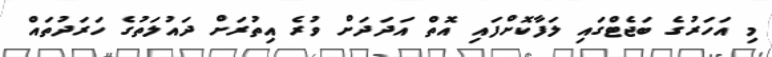
މި އަހަރުގެ ބަޖެޓްގައި ލަފާކޮށްފައި އޮތް އަދަދަށް ވުރެ އިތުރަށް ދައުލަތުގެ ހަރަދުތައް